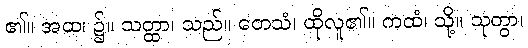
၏။ အထ၊ ၌။ သတ္ထာ၊ သည်။ တေသံ၊ ထိုလူ၏။ ကထံ၊ သို့။ သုတွာ၊